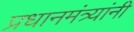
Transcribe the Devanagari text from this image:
प्रधानमंत्र्यांनी